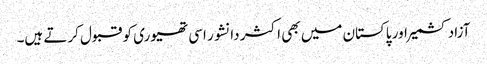
آزاد کشمیر اور پاکستان میں بھی اکثر دانشور اسی تھیوری کو قبول کرتے ہیں۔